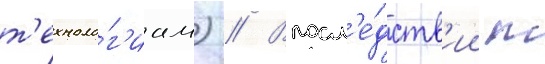
т'ехноло́г'иам) // Впосл'е́дств'ии т